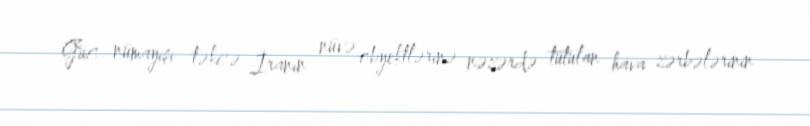
Güc nümayişi təkcə İranın nüvə obyektlərinə nəzərdə tutulan hava zərbələrinin